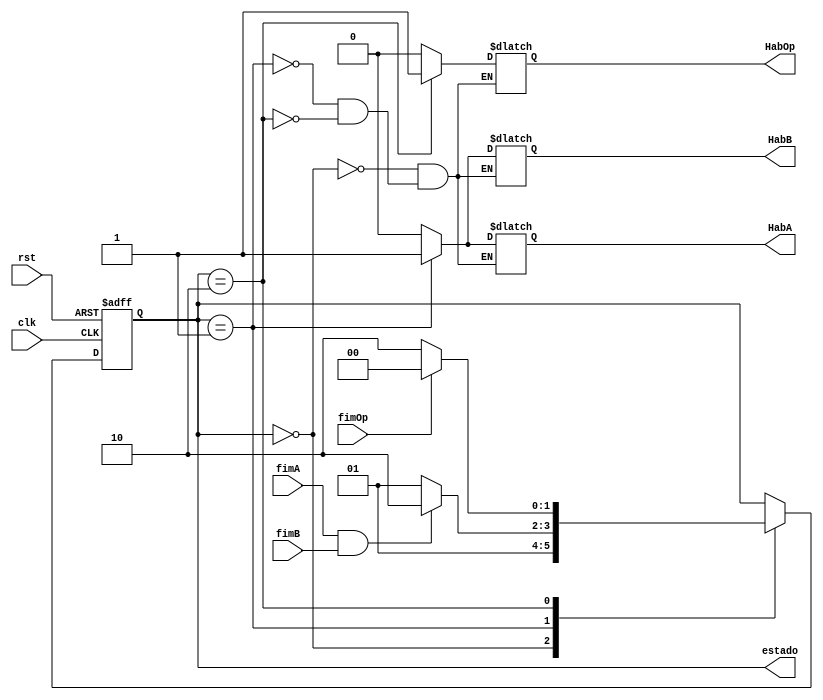
//FSM to control system operation
module controle (clk, rst, fimA, fimB, fimOp, HabA, HabB, HabOp, estado);
	
//I/O list
input wire clk, rst, fimA, fimB, fimOp;
output reg  HabA, HabB, HabOp;
output wire [1:0] estado;
reg[1:0] E;
	
//States declaration
parameter[1:0] S0 = 0;
parameter[1:0] S1 = 1;
parameter[1:0] S2 = 2;
	
assign estado = E;
	
//Statements,FSM state register, state transition
always @(posedge clk, posedge rst)
	if (rst) E <= S0;
	else 
        	case (E)
         S0:E<=S1;
			S1: if(fimA & fimB)  
				E<=S2;
			    else	     
				E<=S1;
		  	S2: if(fimOp)  
				E<=S0;
			    else	     
				E<=S2;
		endcase

//Generating outputs
always@ (E)
	case (E)
		S0: 
			begin	
				HabA <= 0;
				HabB <= 0;
				HabOp<= 0;
		     	end
		S1:     
			begin
				HabA <= 1;
				HabB <= 1;
				HabOp<= 0;
			end
		S2:     begin
				HabA <= 0;
				HabB <= 0;
				HabOp<= 1;
			end
		endcase	
endmodule